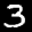
Label: 3